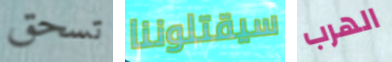
تسحق سيقتلوننا الهرب